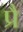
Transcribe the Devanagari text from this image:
प्रै